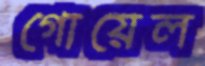
গোয়েল